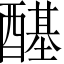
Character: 𲆺